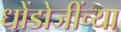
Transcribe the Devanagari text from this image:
धोंडोजींच्या